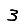
Digit: 3